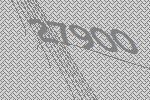
27900